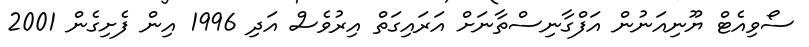
ސޯވިއެޓް ޔޫނިއަނުން އަފްގާނިސްތާނަށް އަރައިގަތް އިރުވެސް އަދި 1996 އިން ފެށިގެން 2001